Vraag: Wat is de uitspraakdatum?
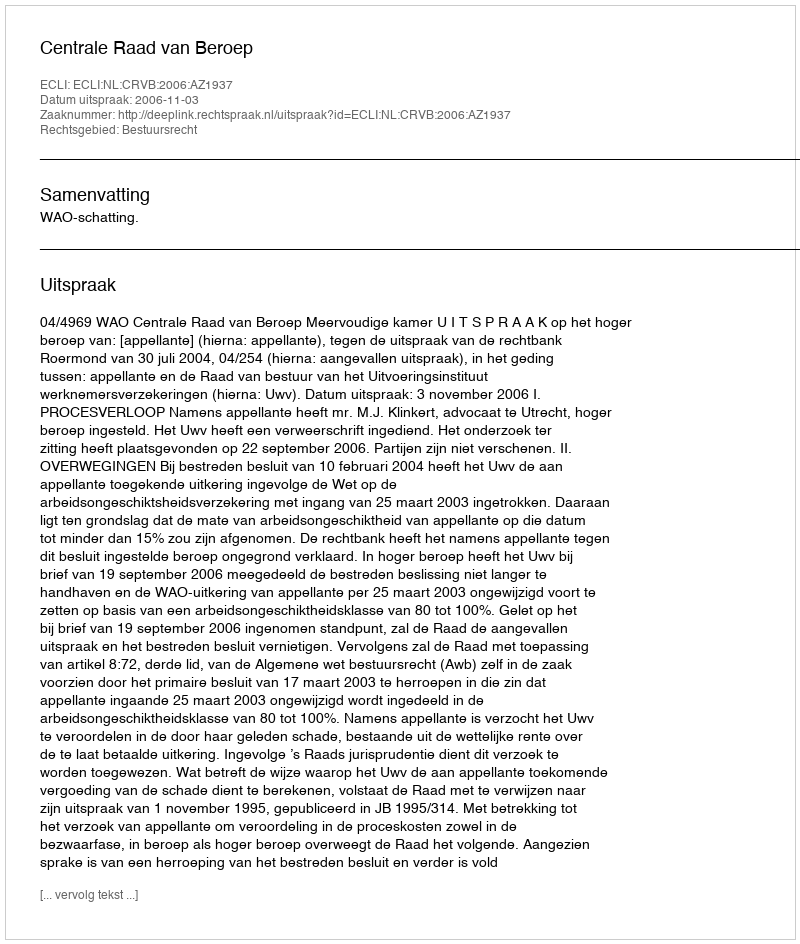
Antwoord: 2006-11-03